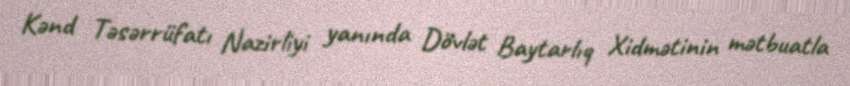
Kənd Təsərrüfatı Nazirliyi yanında Dövlət Baytarlıq Xidmətinin mətbuatla